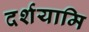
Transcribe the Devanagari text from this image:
दर्शयामि